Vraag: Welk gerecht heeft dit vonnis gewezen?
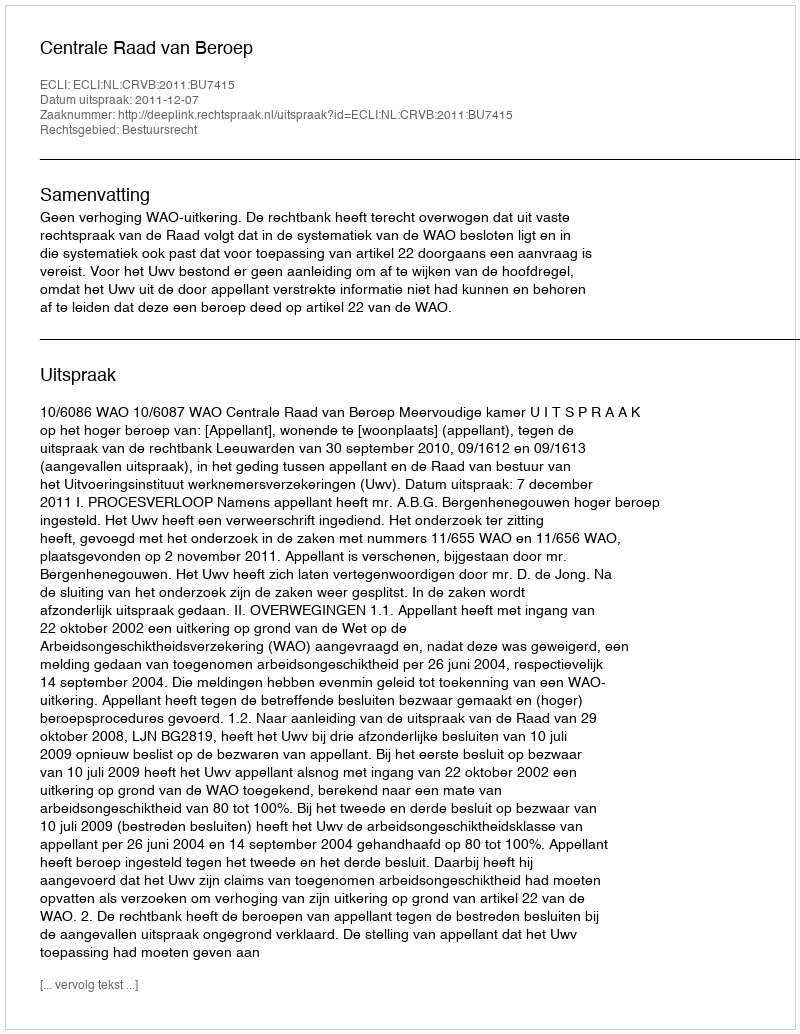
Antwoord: Centrale Raad van Beroep